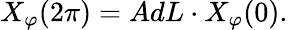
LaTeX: X_{\varphi}(2\pi)=AdL\cdot X_{\varphi}(0).